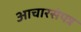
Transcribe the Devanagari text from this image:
आचारसंपन्न